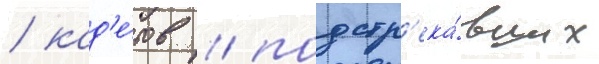
/ кад'е́тов / подстр'ека́вших